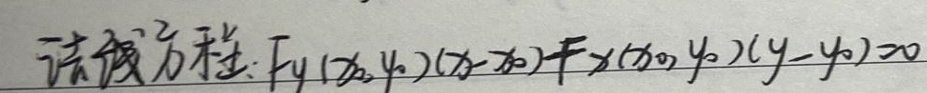
法线方程：$F_y(x_0,y_0)(x - x_0)-F_x(x_0,y_0)(y - y_0)=0$